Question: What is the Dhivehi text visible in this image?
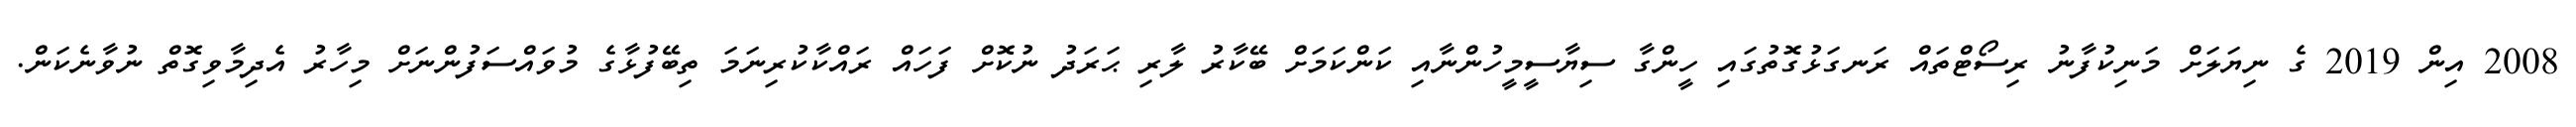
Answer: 2008 އިން 2019 ގެ ނިޔަލަށް މަނިކުފާނު ރިސޯޓްތައް ރަނގަޅުގޮތުގައި ހީންގާ ސިޔާސީމީހުންނާއި ކަންކަމަށް ބޭކާރު ލާރި ޙަރަދު ނުކޮށް ފަހައް ރައްކާކުރިނަމަ ތިބޭފުޅާގެ މުވައްސަފުންނަށް މިހާރު އެދިމާވިގޮތް ނުވާނެކަން.